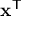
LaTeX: \mathbf { x } ^ { \mathsf { T } }